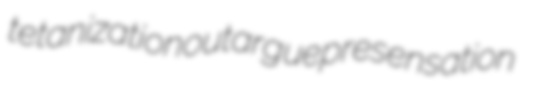
tetanization outargue presensation